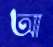
আ